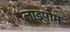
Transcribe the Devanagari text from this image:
लाइपोम